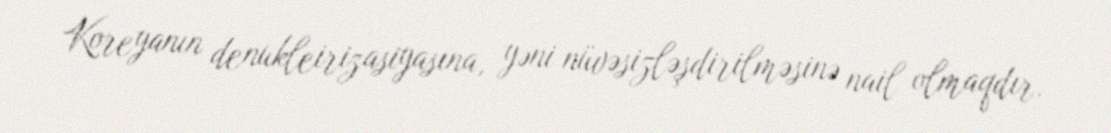
Koreyanın denukleirizasiyasına, yəni nüvəsizləşdirilməsinə nail olmaqdır.